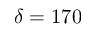
\delta = 1 7 0